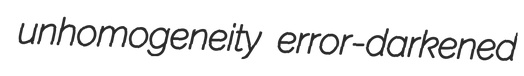
unhomogeneity error-darkened